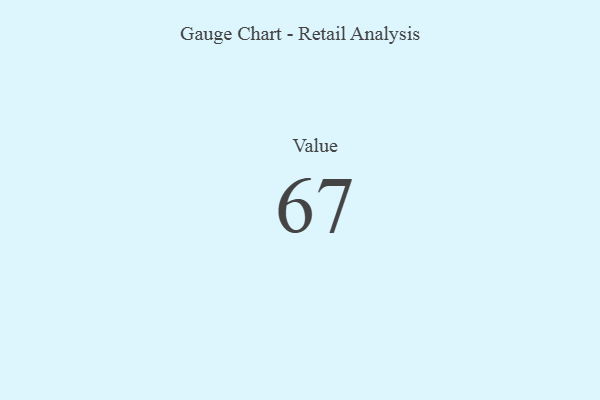
{"axis": {"x": "Metric", "y": "Value"}, "legend": [""], "data": [{"x": "Value", "y": 67, "type": ""}]}